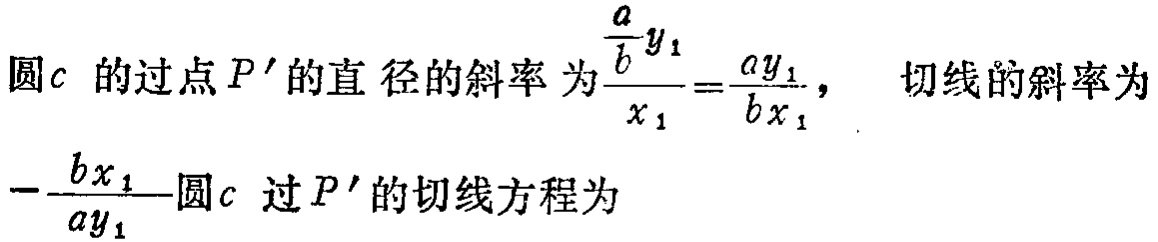
圆\(c\)的过点\(P'\)的直径的斜率为\(\frac{\frac{a}{b}y_{1}}{x_{1}}=\frac{ay_{1}}{bx_{1}}\)， 切线的斜率为\(-\frac{bx_{1}}{ay_{1}}\)圆\(c\)过\(P'\)的切线方程为